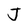
Character: J